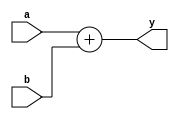
`timescale 1ns / 1ps
//////////////////////////////////////////////////////////////////////////////////
// Company: 
// Engineer: 
// 
// Design Name: 
// Module Name: adder
// Project Name: 
// Target Devices: 
// Tool Versions: 
// Description: 
// 
// Dependencies: 
// 
// Revision:
// Revision 0.01 - File Created
// Additional Comments:
// 
//////////////////////////////////////////////////////////////////////////////////


module adder(
input [31:0] a, b,
output [31:0] y
);
assign y=a+b;
endmodule